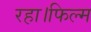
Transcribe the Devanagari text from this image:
रहा।फिल्म